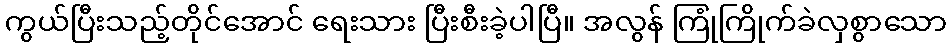
ကွယ်ပြီးသည့်တိုင်အောင် ရေးသား ပြီးစီးခဲ့ပါပြီ။ အလွန် ကြုံကြိုက်ခဲလှစွာသော